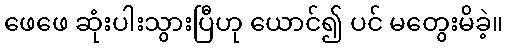
ဖေဖေ ဆုံးပါးသွားပြီဟု ယောင်၍ ပင် မတွေးမိခဲ့။